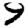
Digit: 9